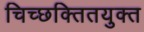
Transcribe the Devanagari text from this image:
चिच्छक्तितयुक्त